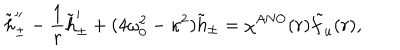
\tilde { h } _ { \pm } ^ { \prime \prime } - \frac { 1 } { r } \tilde { h } _ { \pm } ^ { \prime } + ( 4 \omega _ { 0 } ^ { 2 } - \kappa ^ { 2 } ) \tilde { h } _ { \pm } = \chi ^ { \mathrm { A N O } } ( r ) \tilde { f } _ { u } ( r ) ,